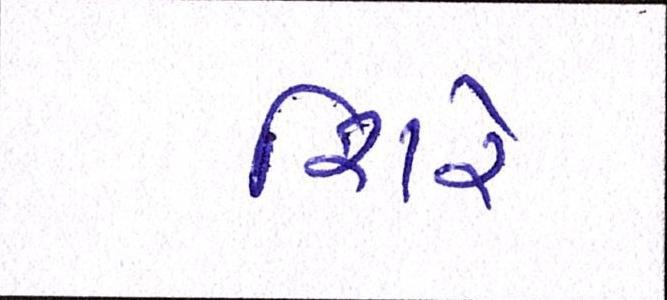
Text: શિરે